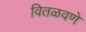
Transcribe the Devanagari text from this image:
वितळवणे